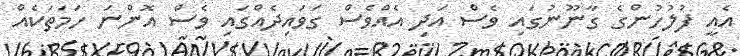
އެއީ ފުލުހުންގެ ގާނޫނުގައި ވެސް އަދި އެއްވެސް ގަވައިދެއްގައި ވެސް އޮންނަ ހަމަތަކެއް